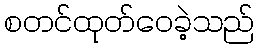
စတင်ထုတ်ဝေခဲ့သည်